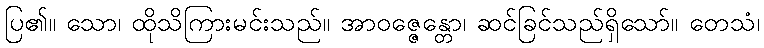
ပြ၏။ သော၊ ထိုသိကြားမင်းသည်။ အာဝဇ္ဇေန္တော၊ ဆင်ခြင်သည်ရှိသော်။ တေသံ၊